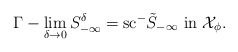
\begin{align*}\Gamma-\lim_{\delta\to 0} S^\delta_{-\infty} =\mathrm{sc}^{-}\tilde{S}_{-\infty} \mbox{ in } \mathcal{X}_\phi.\end{align*}